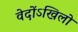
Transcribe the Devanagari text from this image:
वेदोंऽखिलो